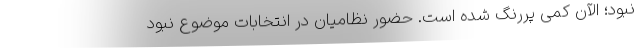
نبود؛ الآن کمی پررنگ شده است. حضور نظامیان در انتخابات موضوع نبود